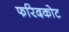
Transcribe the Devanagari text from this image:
फरिदकोट